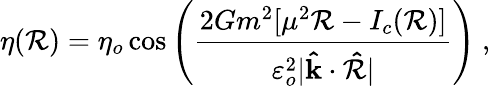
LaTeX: \eta(\mathcal{R})=\eta_{o}\cos\left(\frac{{2Gm^{2}[\mu^{2}\mathcal{R}-I_{c}(\mathcal{R})]}}{{\varepsilon_{o}^{2}\vert\mathbf{{\hat{{k}}}}\cdot\mathbf{{\hat{{\mathcal{R}}}}}\vert}}\right)\ ,